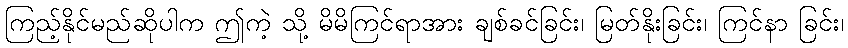
ကြည့်နိုင်မည်ဆိုပါက ဤကဲ့ သို့ မိမိကြင်ရာအား ချစ်ခင်ခြင်း၊ မြတ်နိုးခြင်း၊ ကြင်နာ ခြင်း၊